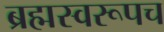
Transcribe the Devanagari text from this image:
ब्रह्मस्वरूपच